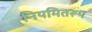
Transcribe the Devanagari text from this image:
नियमितरूप